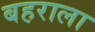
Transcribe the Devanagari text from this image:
बहराला